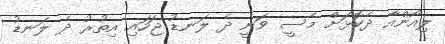
ލިއޯންއާ ދެކޮޅަށް މެސީ ވަނީ ދެ ލަނޑު ޖަހައި އިތުރު ދެ ލަނޑު